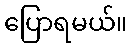
ပြောရမယ်။